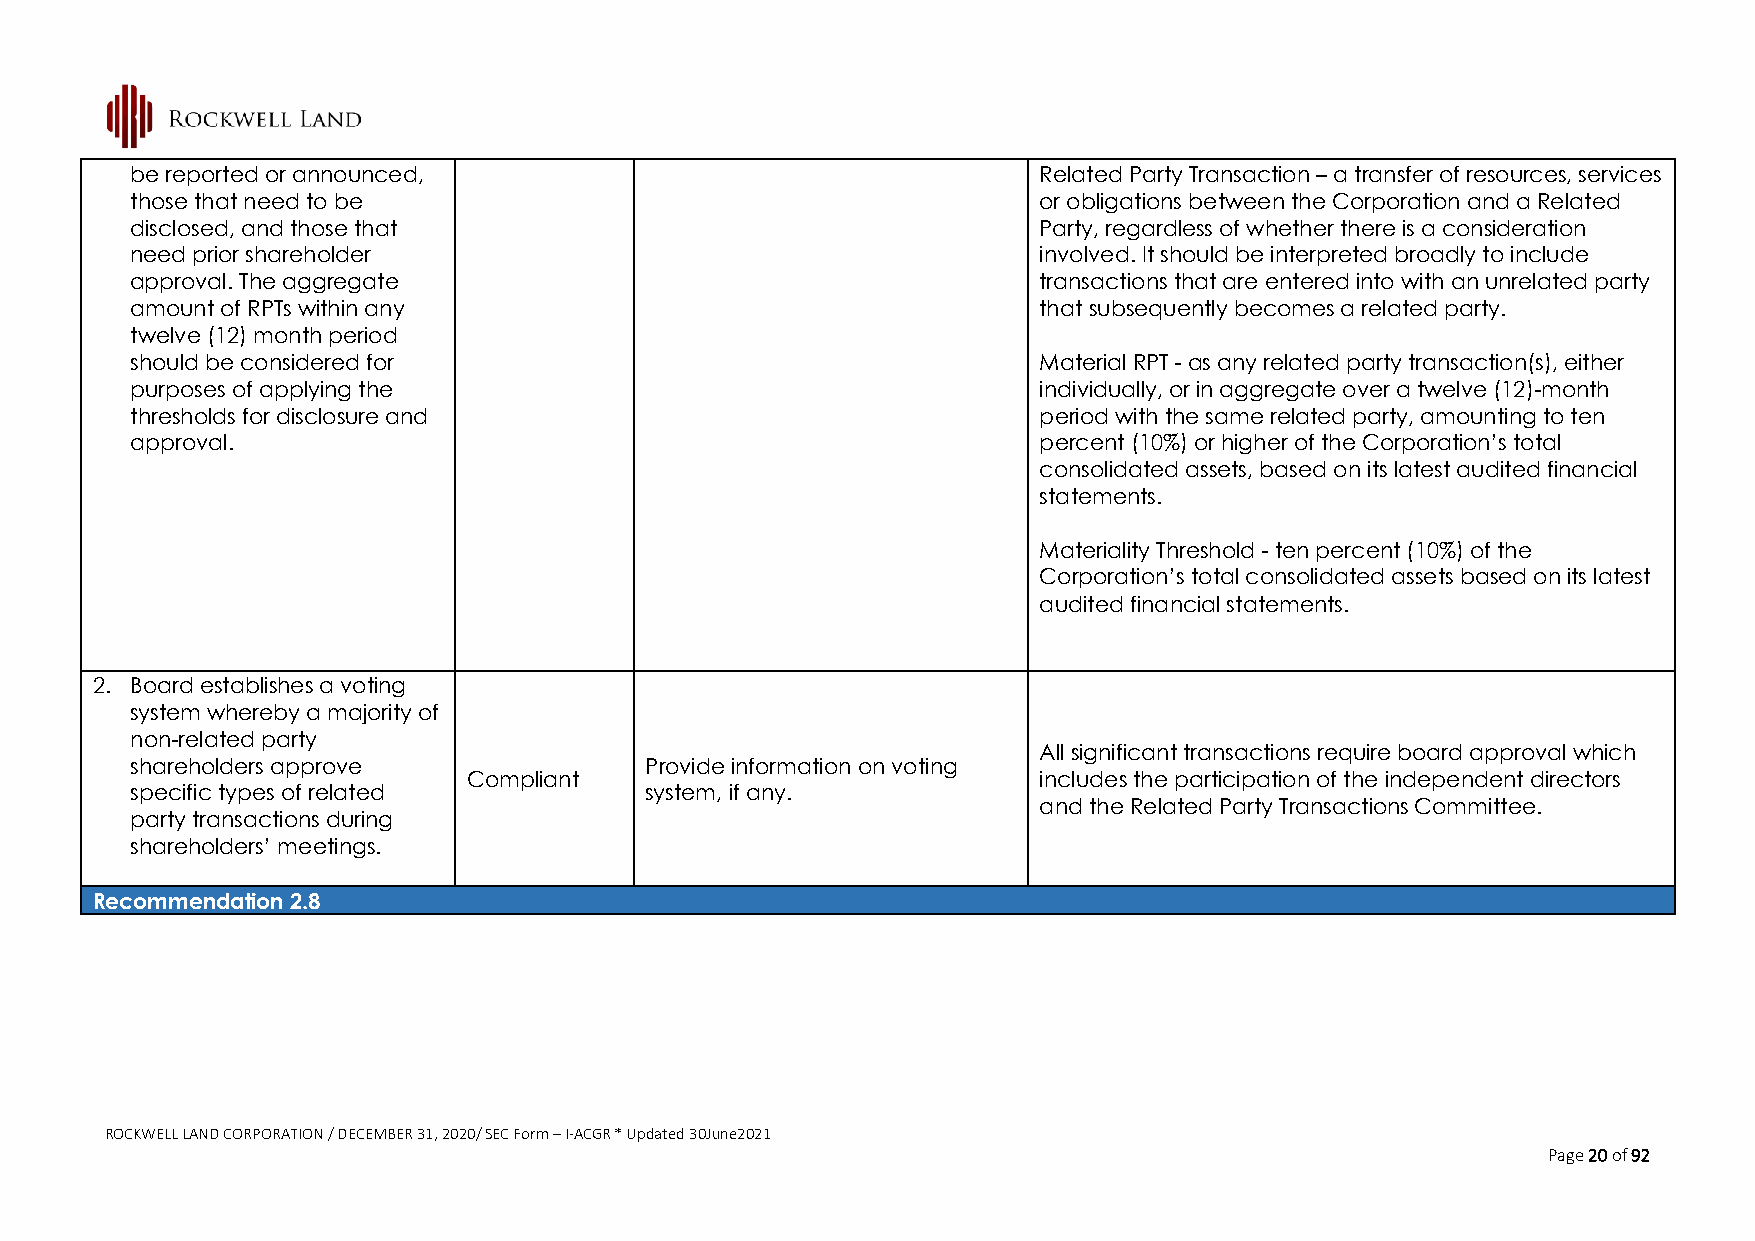
be reported or announced,                                   Related Party Transaction – a transfer of resources, services
 those that need to be                                       or obligations between the Corporation and a Related
 disclosed, and those that                                   Party, regardless of whether there is a consideration
 need prior shareholder                                      involved. It should be interpreted broadly to include
 approval. The aggregate                                     transactions that are entered into with an unrelated party
 amount of RPTs within any                                   that subsequently becomes a related party.
 twelve (12) month period
 should be considered for                                    Material RPT - as any related party transaction(s), either
 purposes of applying the                                    individually, or in aggregate over a twelve (12)-month
 thresholds for disclosure and                               period with the same related party, amounting to ten
 approval.                                                   percent (10%) or higher of the Corporation’s total
 consolidated assets, based on its latest audited financial
 statements.
 Materiality Threshold - ten percent (10%) of the
 Corporation’s total consolidated assets based on its latest
 audited financial statements.
 2. Board establishes a voting
 system whereby a majority of
 non-related party
 All significant transactions require board approval which
 shareholders approve              Provide information on voting
 Compliant                             includes the participation of the independent directors
 specific types of related         system, if any.
 and the Related Party Transactions Committee.
 party transactions during
 shareholders’ meetings.
 Recommendation 2.8
 ROCKWELL LAND CORPORATION / DECEMBER 31, 2020/ SEC Form – I-ACGR * Updated 30June2021
 Page 20 of 92